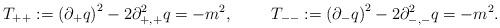
LaTeX: \begin{align*}T_{++}:=\left (\partial_+ q \right)^2 -2\partial^2_{+,+} q =-m^2,~~~~~~~T_{--}:=\left (\partial_- q \right)^2 -2\partial^2_{-,-} q=-m^2.\end{align*}